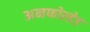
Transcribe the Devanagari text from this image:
अनफोल्डेड